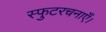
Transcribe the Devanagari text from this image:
स्फुटरचनाएँ।